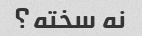
نه سخته؟